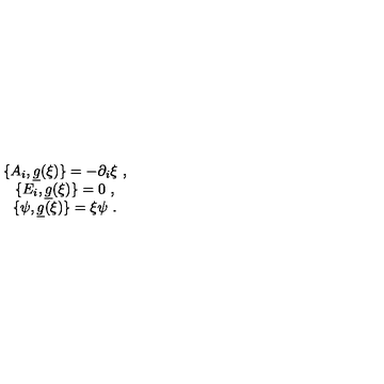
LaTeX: \begin{array} { c } { \{ A _ { i } , \underline { { g } } ( \xi ) \} = - \partial _ { i } \xi \ , } \\ { \{ E _ { i } , \underline { { g } } ( \xi ) \} = 0 \ , } \\ { \{ \psi , \underline { { g } } ( \xi ) \} = \xi \psi \ . } \\ \end{array}